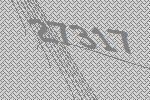
27317